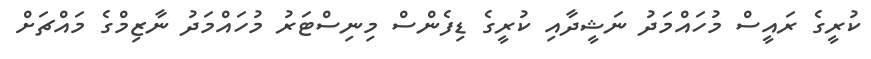
ކުރީގެ ރައީސް މުހައްމަދު ނަޝީދާއި ކުރީގެ ޑިފެންސް މިނިސްޓަރު މުހައްމަދު ނާޒިމްގެ މައްޗަށް